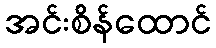
အင်းစိန်ထောင်